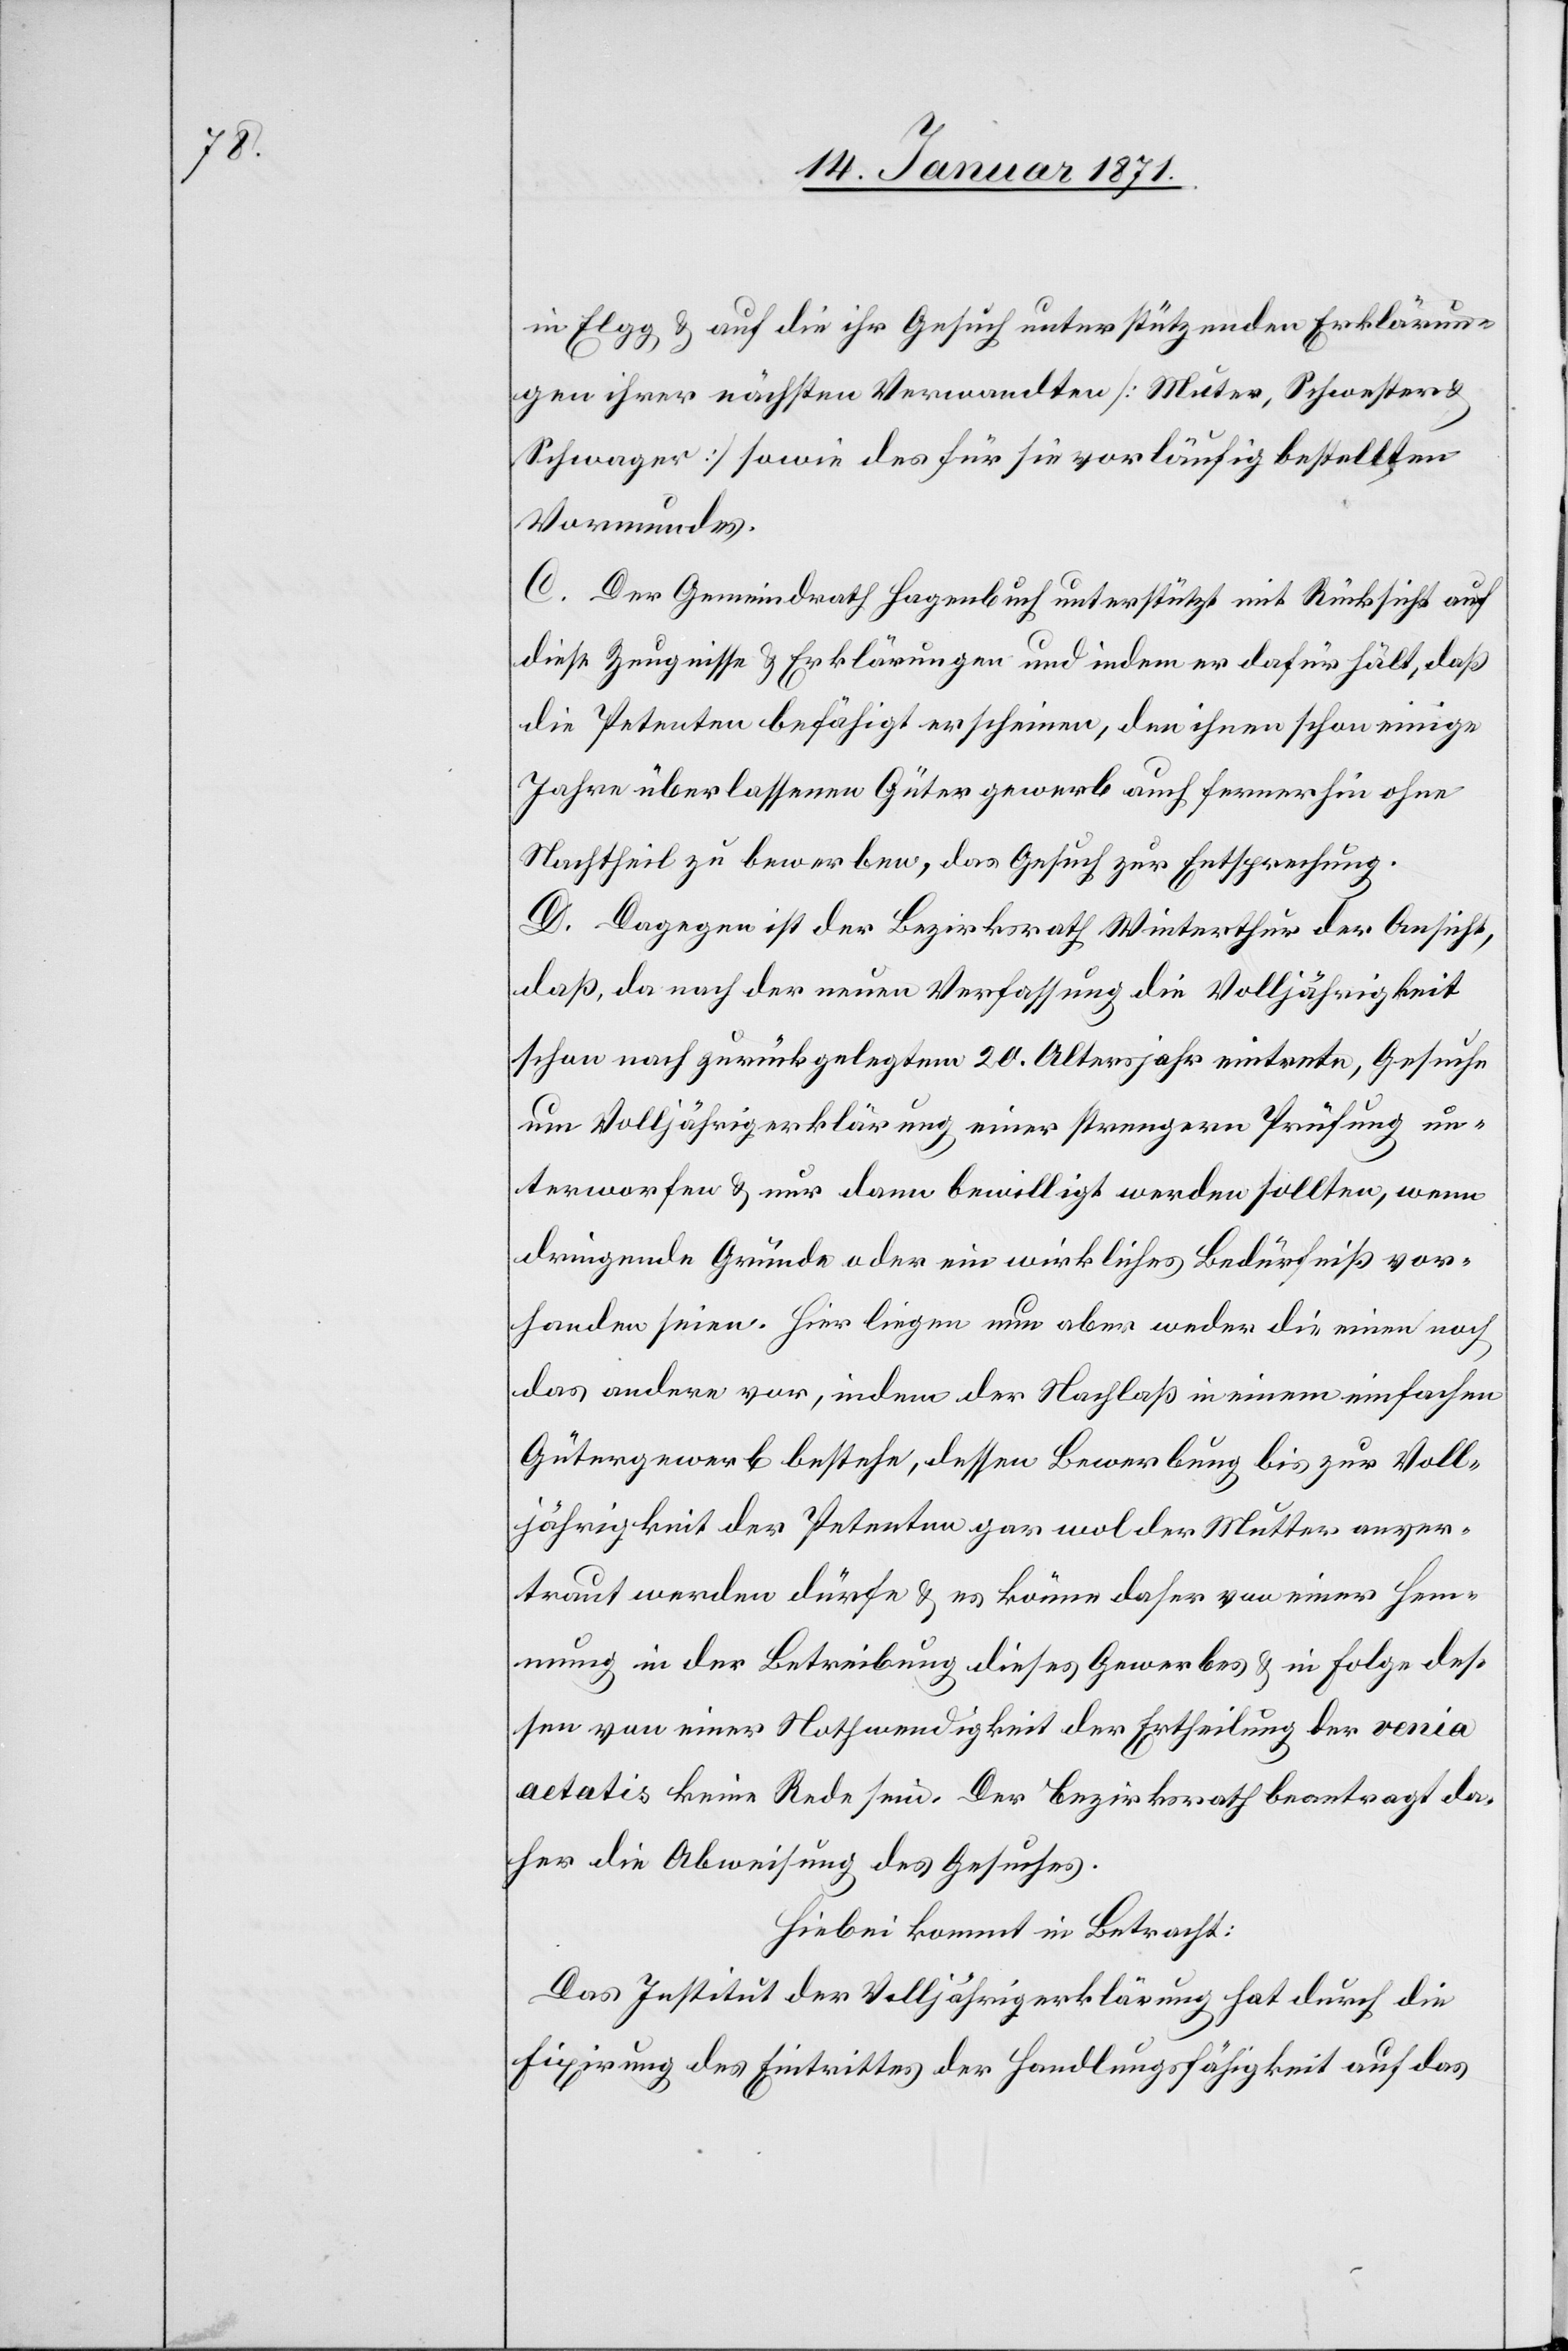
in Egg u. auf die ihr Gesuch unterstützenden Erklärun¬
gen ihrer nächsten Verwandten [Mutter, Schwester u.
Schwager] sowie des für sie vorläufig bestellten
Vormundes.
C. Der Gemeindrath Hagenbuch unterstützt mit Rücksicht auf
diese Zeugnisse u. Erklärungen und indem er dafür hält, daß
die Petenten befähigt erscheinen, den ihnen schon einige
Jahre überlassenen Gütergewerb auch fernerhin ohne
Nachtheil zu bewerben, das Gesuch zur Entsprechung.
D. Dagegen ist der Bezirksrath Winterthur der Ansicht,
daß, da nach der neuen Verfassung die Volljährigkeit
schon nach zurückgelegtem 20. Altersjahr eintrete, Gesuche
um Volljährigerklärung einer strengern Prüfung un¬
terworfen u. nur dann bewilligt werden sollten, wenn
dringende Gründe oder ein wirkliches Bedürfniß vor¬
handen seien. Hier liegen nun aber weder die eine noch
das andere vor, indem der Nachlaß in einem einfachen
Gütergewerb bestehe, dessen Bewerbung bis zur Voll¬
jährigkeit der Petenten gar wol der Mutter anver¬
traut werden dürfte u. es könne daher von einer Hem¬
mung in der Betreibung dieses Gewerbes u. in Folge des¬
sen von einer Nothwendigkeit der Ertheilung der venia
aetatis keine Rede sein. Der Bezirksrath beantragt da¬
her die Abweisung des Gesuches.
Hierbei kommt in Betracht:
Das Institut der Volljährigerklärung hat durch die
Fixirung des Eintrittes der Handlungsfähigkeit auf das